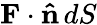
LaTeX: \mathbf{F}\cdot\mathbf{\hat{n}}\, dS